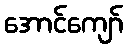
အောင်ကျော်